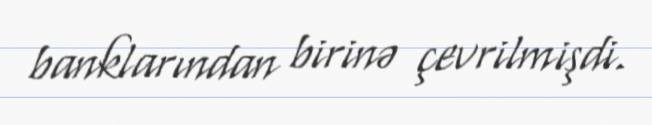
banklarından birinə çevrilmişdi.